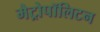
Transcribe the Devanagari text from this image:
मैट्रोपॉलिटन